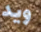
ويد